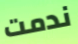
ندمت